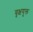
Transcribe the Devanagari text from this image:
वृक्षयुक्त